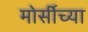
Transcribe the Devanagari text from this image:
मोर्सीच्या